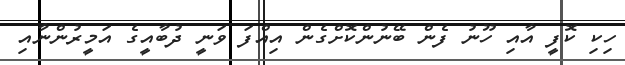
ހިކި ކޮފީ އާއި ހޫނު ފެން ބޭނުންކޮށްގެން އިއްފަ ވަނީ ދުބާއީގެ އަމީރުންނާއި